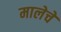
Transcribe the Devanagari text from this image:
मालेचे